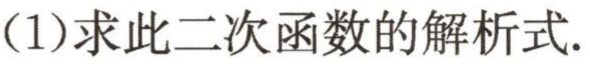
(1)求此二次函数的解析式.